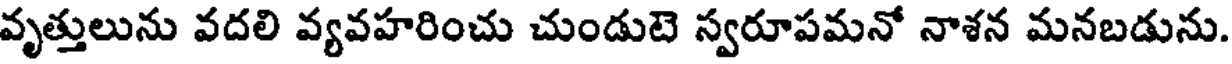
వృత్తులును వదలి వ్యవహరించు చుండుటె స్వరూపమనో నాశన మనబడును.